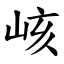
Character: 峐